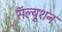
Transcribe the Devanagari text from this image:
सॅल्यूशन